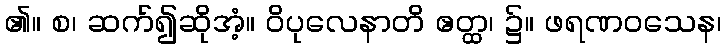
၏။ စ၊ ဆက်၍ဆိုအံ့။ ဝိပုလေနာတိ ဧတ္ထ၊ ၌။ ဖရဏဝသေန၊